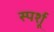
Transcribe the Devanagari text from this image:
स्पर्शू